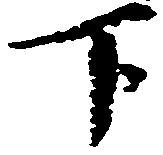
下